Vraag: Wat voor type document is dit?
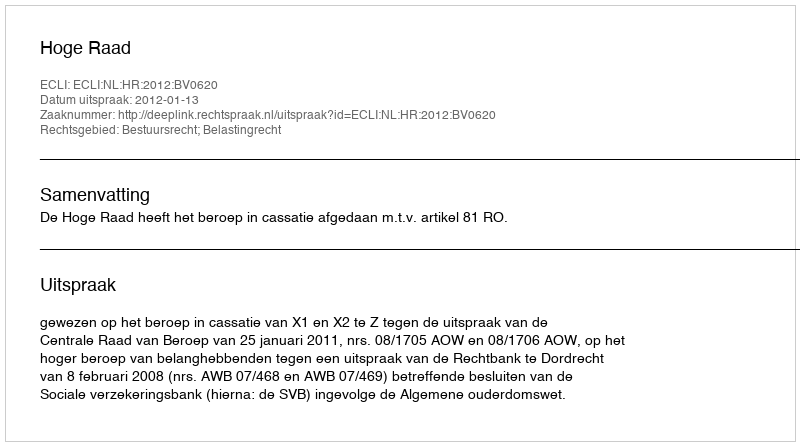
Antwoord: Uitspraak